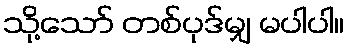
သို့သော် တစ်ပုဒ်မျှ မပါပါ။